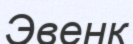
Эвенк